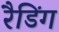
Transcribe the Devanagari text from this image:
रैडिंग